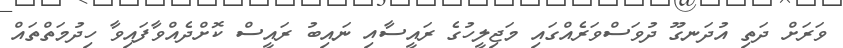
ވަރަށް ދަތި އުދަނގޫ ދުވަސްވަރެެއްގައި މަޖިލީހުގެ ރައީސާއި ނައިބު ރައީސް ކޮށްދެއްވާފައިވާ ހިދުމަތްތައް